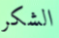
الشكر